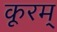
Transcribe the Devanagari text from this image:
कूरम्